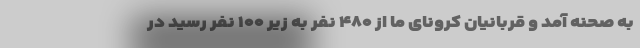
به صحنه آمد و قربانیان کرونای ما از ۴۸۰ نفر به زیر ۱۰۰ نفر رسید در